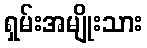
ရှမ်းအမျိုးသား